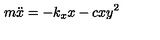
m { \ddot { x } } = - k _ { x } x - c x y ^ { 2 }